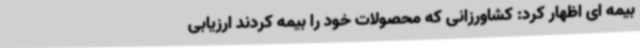
بیمه ای اظهار کرد: کشاورزانی که محصولات خود را بیمه کردند ارزیابی